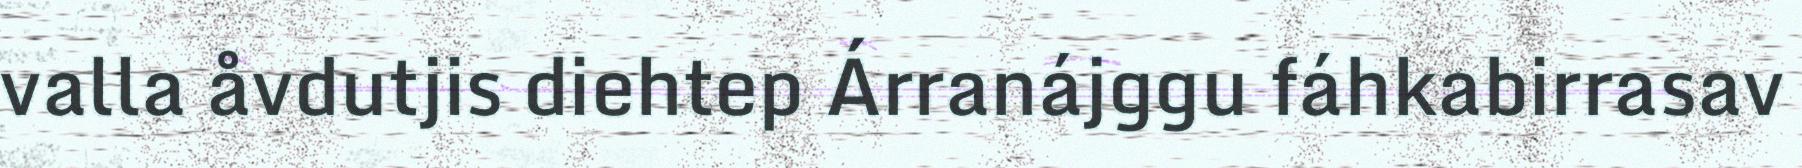
valla åvdutjis diehtep Árranájggu fáhkabirrasav